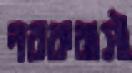
নরকবাসী